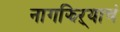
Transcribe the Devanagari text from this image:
नागझिऱ्याचं